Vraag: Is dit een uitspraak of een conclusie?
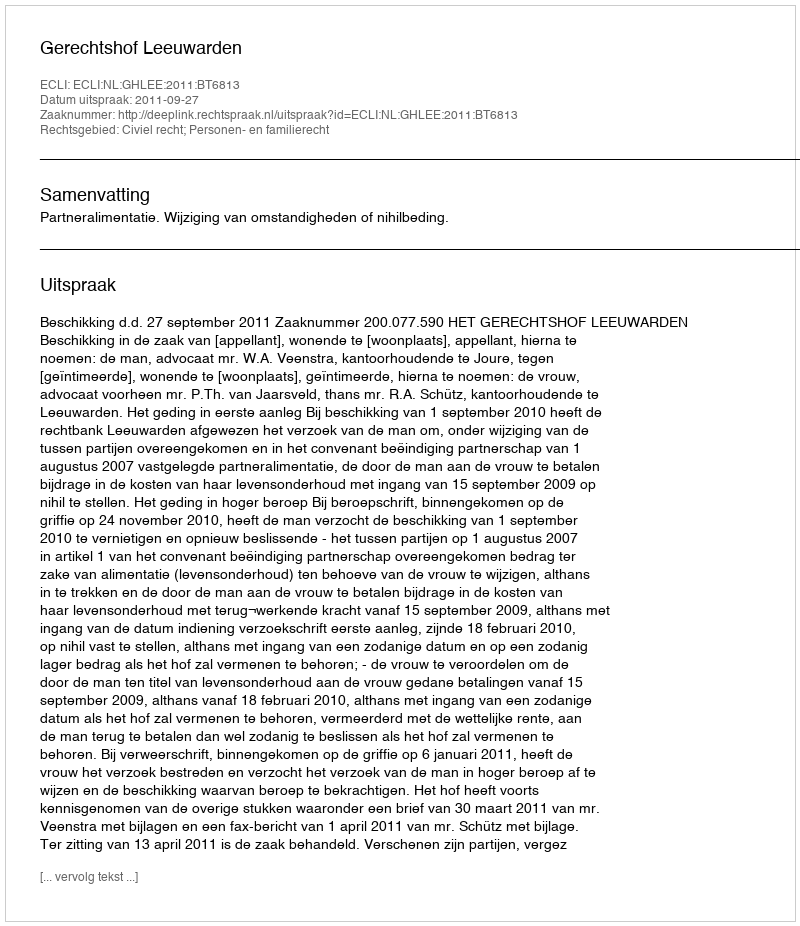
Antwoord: Uitspraak